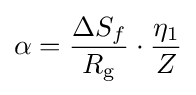
\alpha ={\frac {\Delta S_{f}}{R_{\mathrm {g} }}}\cdot {\frac {\eta _{1}}{Z}}